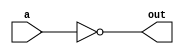
`timescale 1ns / 1ps
//////////////////////////////////////////////////////////////////////////////////
// Company: 
// Engineer: 
// 
// Design Name: 
// Module Name: verification_not
// Project Name: 
// Target Devices: 
// Tool Versions: 
// Description: 
// 
// Dependencies: 
// 
// Revision:
// Revision 0.01 - File Created
// Additional Comments:
// 
//////////////////////////////////////////////////////////////////////////////////


module verification_not
     #(parameter N = 4)
    ( input [N-1:0] a,
      output [N-1:0] out
      );
      
      assign out = ~a;
      
endmodule